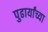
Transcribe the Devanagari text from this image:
पुढार्यांच्या